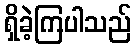
ရှိခဲ့ကြပါသည်